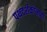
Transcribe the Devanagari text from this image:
पथदर्शकांनाही